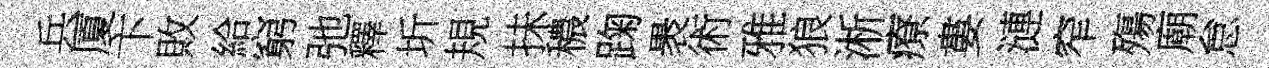
兵厦卞敗給窮弛釋圻規抺穠踘褁術雅狼淅療婁漣窄殤廟怠